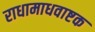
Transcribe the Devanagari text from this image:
राधामाधवाष्टक